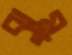
ঝুম